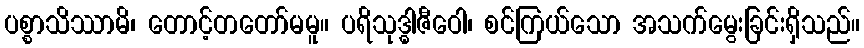
ပစ္စာသိဿာမိ၊ တောင့်တတော်မမူ။ ပရိသုဒ္ဓါဇီဝေါ၊ စင်ကြယ်သော အသက်မွေးခြင်းရှိသည်။